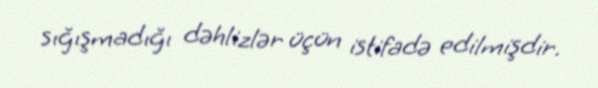
sığışmadığı dəhlizlər üçün istifadə edilmişdir.